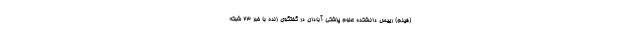
(فیلم) رییس دانشکده علوم پزشکی آبادان در گفتگوی زنده با خبر 23 شبکه